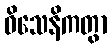
ဝိသေနိကတွာ